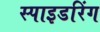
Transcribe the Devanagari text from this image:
स्पाइडरिंग